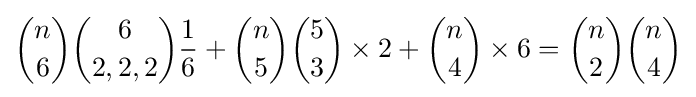
{n \choose 6}{6 \choose 2,2,2}{\frac {1}{6}}+{n \choose 5}{5 \choose 3}\times 2+{n \choose 4}\times 6={n \choose 2}{n \choose 4}